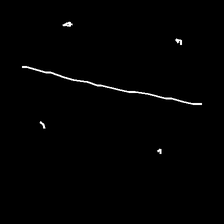
Glyph: cool